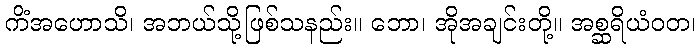
ကိံအဟောသိ၊ အဘယ်သို့ဖြစ်သနည်း။ ဘော၊ အိုအချင်းတို့။ အစ္ဆရိယံဝတ၊